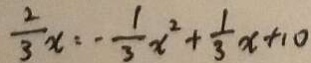
\frac { 2 } { 3 } x = - \frac { 1 } { 3 } x ^ { 2 } + \frac { 1 } { 3 } x + 1 0